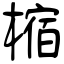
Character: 樎